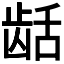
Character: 𬺄